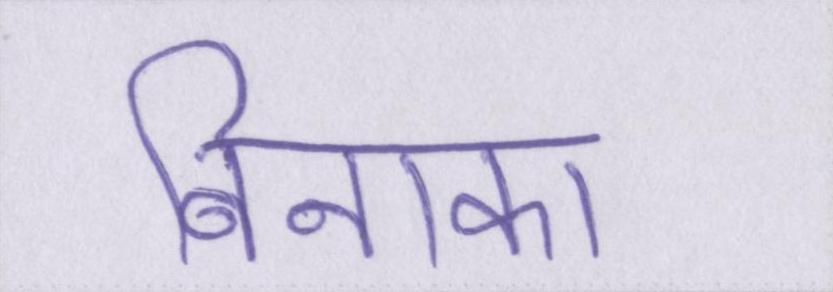
बिनाका